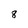
Character: 8